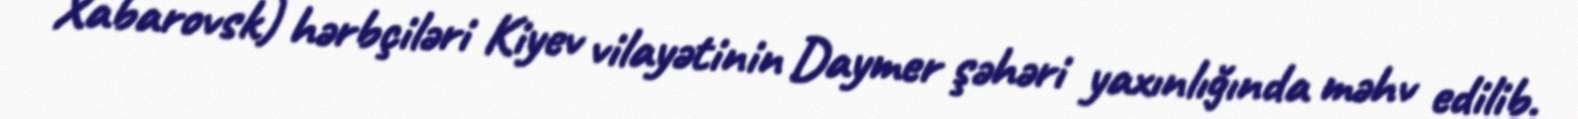
Xabarovsk) hərbçiləri Kiyev vilayətinin Daymer şəhəri yaxınlığında məhv edilib.